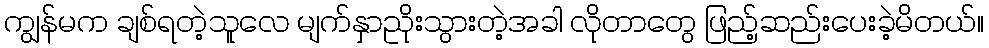
ကျွန်မက ချစ်ရတဲ့သူလေ မျက်နှာညိုးသွားတဲ့အခါ လိုတာတွေ ဖြည့်ဆည်းပေးခဲ့မိတယ်။